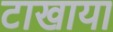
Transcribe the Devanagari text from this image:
टाखाया